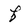
Character: f